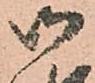
御